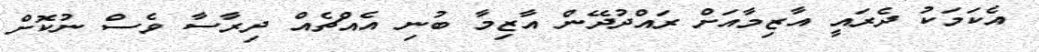
އެކަމަކު ދެރައީ އާޒިމާއަށް ރައްދުދޭން އާޒިމާ ބުނި އެއްޗެއް ދިރާސާ ވެސް ނުކޮށް